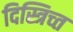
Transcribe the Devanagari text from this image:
दिस्त्रिच्त